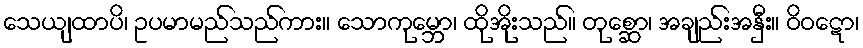
သေယျထာပိ၊ ဥပမာမည်သည်ကား။ သောကုမ္ဘော၊ ထိုအိုးသည်။ တုစ္ဆော၊ အချည်းအနှီး။ ဝိဝဋော၊